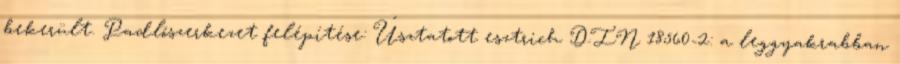
bekerült. Padlószerkezet felépítése: Úsztatott esztrich DIN 18560-2: a leggyakrabban